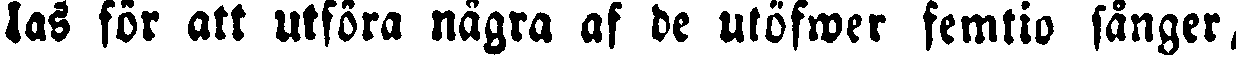
las för att utföra några af de utöfwer femtio sånger,